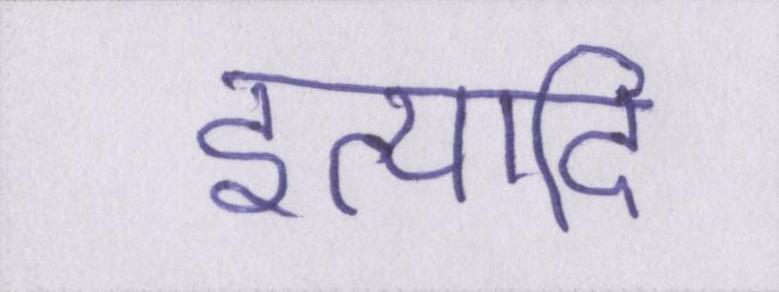
इत्यादि